Annual report of the Punjab Veterinary College and of the Civil Veterinary Department, Punjab - 1894-1908
Year: 1894
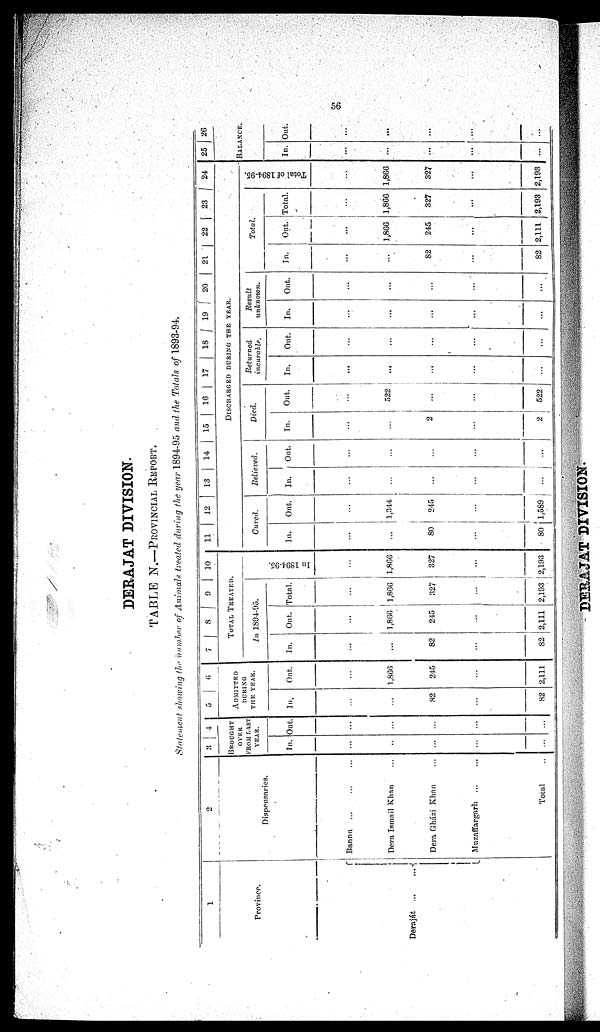
56
DERAJAT DIVISION.
TABLE N.—PROVINCIAL REPORT.
Statement showing the number of Animals treated during the year 1894-95 and the Totals of 1893-94.
1
Province.
Deraját
...
...
2
Dispensaries.
Bannu ... ... ...
Deva Ismail Khan ...
Dera Gházi Khan ...
Muzaffargarh
... ...
Total ... ...
3
4
BROUGHT
OVER
FROM LAST
YEAR.
In.
...
...
...
...
...
Out.
...
...
...
...
...
5
6
ADMITTED
DURING
THE YEAR.
In.
...
...
82
...
82
Out.
...
1,866
245
...
2,111
7 8 9 10
TOTAL TREATED.
In 1894-95.
In.
...
...
82
...
82
Ont.
...
1,866
245
...
2,111
Total.
...
1,866
327
...
2,193
In 1S94-95.
...
1,866
327
...
2,193
11
12
13
14
15
16
17
18
19 20
21
22
23
24
DISCHARGED DURING THE YEAR.
Cured.
In.
...
...
80
...
80
Out.
...
1,344
245
...
1,589
Relieved.
In.
...
...
...
...
...
Ont.
...
...
...
...
...
Died.
In.
...
...
2
...
2
Out.
...
522
...
...
522
Returned
incurable.
In.
...
...
...
...
Out.
...
...
...
...
...
Result
unknown.
In.
...
...
...
...
...
Out.
...
...
...
...
...
Total
In.
...
...
82
...
82
Out.
...
1,866
245
...
2,111
Total.
...
1,866
327
...
2,193
Total of 1894-95.
...
1,866
327
...
2,193
25
26
BALANCE.
In.
...
...
...
...
Out.
...
...
...
...
...